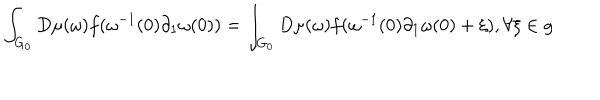
\int _ { G _ { 0 } } D \mu ( \omega ) f ( \omega ^ { - 1 } ( 0 ) \partial _ { 1 } \omega ( 0 ) ) = \int _ { G _ { 0 } } D \mu ( \omega ) f ( \omega ^ { - 1 } ( 0 ) \partial _ { 1 } \omega ( 0 ) + \xi ) , \forall \xi \in g